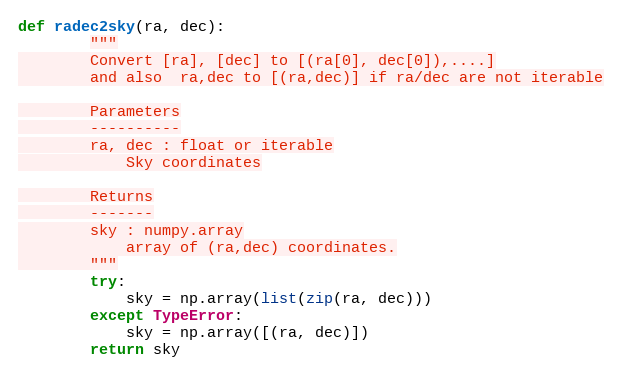
Language: Python
def radec2sky(ra, dec):
        """
        Convert [ra], [dec] to [(ra[0], dec[0]),....]
        and also  ra,dec to [(ra,dec)] if ra/dec are not iterable

        Parameters
        ----------
        ra, dec : float or iterable
            Sky coordinates

        Returns
        -------
        sky : numpy.array
            array of (ra,dec) coordinates.
        """
        try:
            sky = np.array(list(zip(ra, dec)))
        except TypeError:
            sky = np.array([(ra, dec)])
        return sky